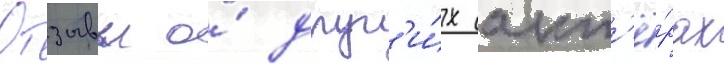
Отзывы о́ друг'и́х акт'ё́рах